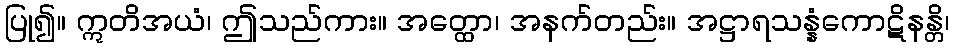
ပြု၍။ ဣတိအယံ၊ ဤသည်ကား။ အတ္ထော၊ အနက်တည်း။ အဋ္ဌာရသန္နံကောဋိနန္တိ၊